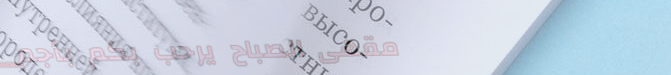
مقهى الصباح يرحب بكم بأجم